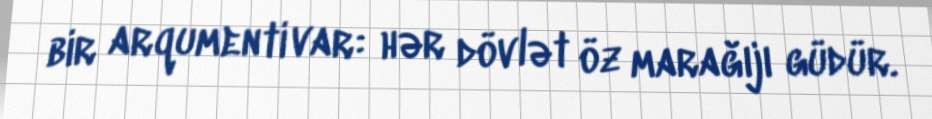
bir arqumenti var: hər dövlət öz marağıjı güdür.